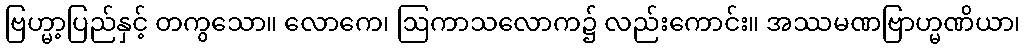
ဗြဟ္မာ့ပြည်နှင့် တကွသော။ လောကေ၊ ဩကာသလောက၌ လည်းကောင်း။ အဿမဏဗြာဟ္မဏိယာ၊